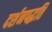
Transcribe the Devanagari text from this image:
दर्शनपद्धति